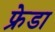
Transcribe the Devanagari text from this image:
फ्रेडा